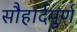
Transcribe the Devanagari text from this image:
सौहार्दपुर्ण